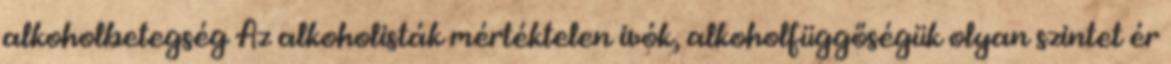
alkoholbetegség Az alkoholisták mértéktelen ivók, alkoholfüggőségük olyan szintet ér